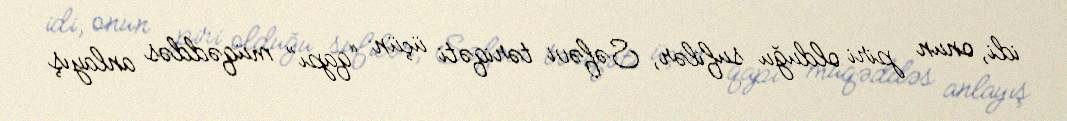
idi, onun piri olduğu sufilər, Səfəvi təriqəti üçün “qapı” müqəddəs anlayış